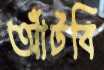
আঁটবি